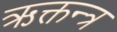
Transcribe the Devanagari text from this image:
ऋक्तन्त्र